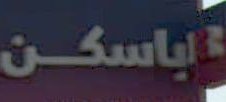
فياسكن